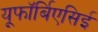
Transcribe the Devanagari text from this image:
यूफॉर्बिएसिई